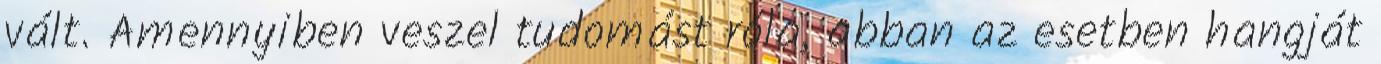
vált. Amennyiben veszel tudomást róla, abban az esetben hangját